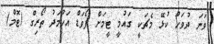
ވަނަ ދުވަހު ކުޅޭ މެޗަކީ ގައުމީ ޓީމަށް ފޯވަޑް އަހުމަދު ތޯރިގް (ޓޮމް)